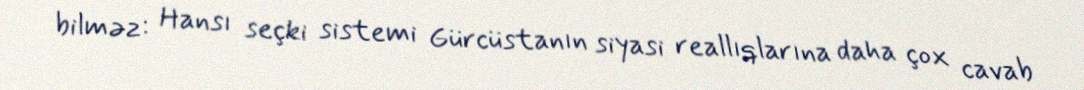
bilməz: Hansı seçki sistemi Gürcüstanın siyasi reallıqlarına daha çox cavab